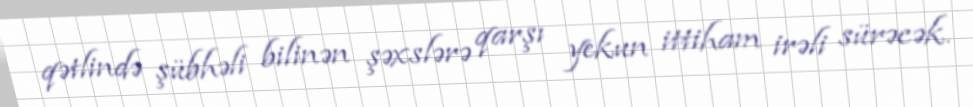
qətlində şübhəli bilinən şəxslərə qarşı yekun ittiham irəli sürəcək.